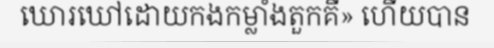
ឃោរឃៅដោយកងកម្លាំងតួកគី» ហើយបាន